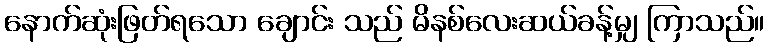
နောက်ဆုံးဖြတ်ရသော ချောင်း သည် မိနစ်လေးဆယ်ခန့်မျှ ကြာသည်။